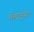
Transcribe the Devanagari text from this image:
वेलायुधन